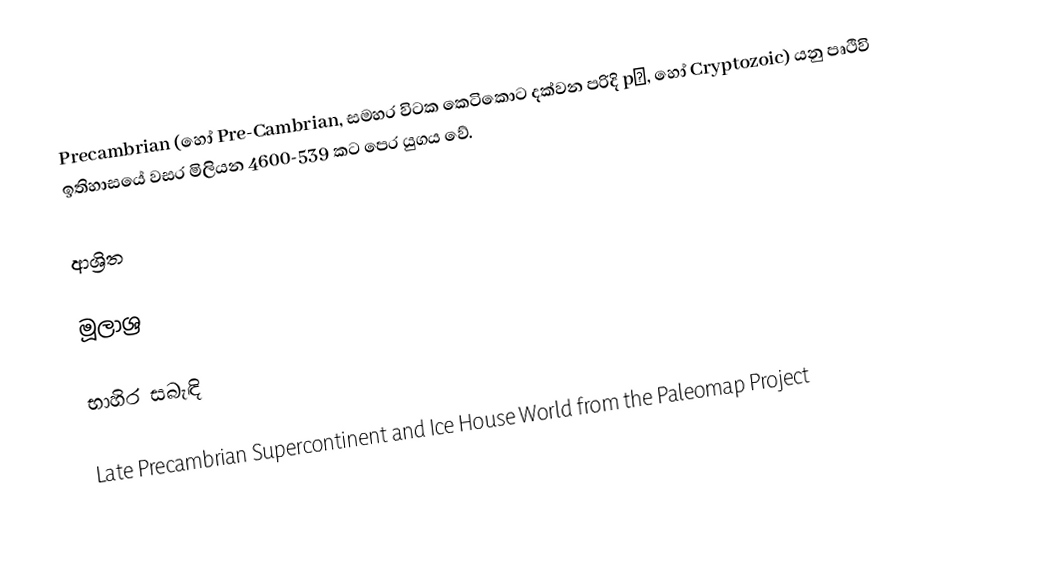
Precambrian (හෝ Pre-Cambrian, සමහර විටක කෙටිකොට දක්වන පරිදි pꞒ, හෝ Cryptozoic) යනු පෘථිවි ඉතිහාසයේ වසර මිලියන 4600-539 කට පෙර යුගය වේ.

ආශ්‍රිත

මූලාශ්‍ර

භාහිර සබැඳි

 Late Precambrian Supercontinent and Ice House World from the Paleomap Project